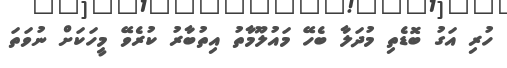
ހުރި އަގު ބޮޑެތި މުދަލާ ބެހޭ މައުލޫމާތު އިތުބާރު ކުރެވޭ މީހަކަށް ނުވަތަ